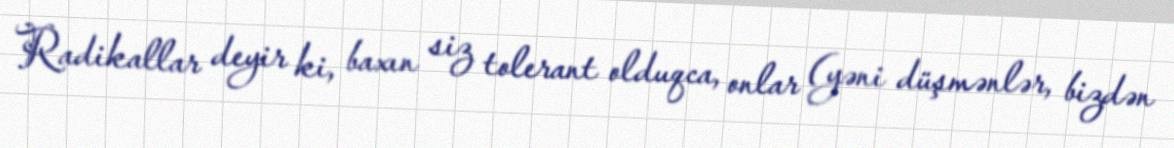
Radikallar deyir ki, baxın siz tolerant olduqca, onlar (yəni düşmənlər, bizdən